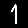
Digit: 1